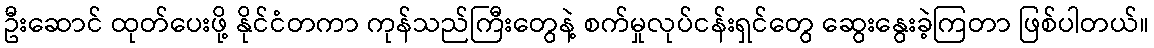
ဦးဆောင် ထုတ်ပေးဖို့ နိုင်ငံတကာ ကုန်သည်ကြီးတွေနဲ့ စက်မှုလုပ်ငန်းရှင်တွေ ဆွေးနွေးခဲ့ကြတာ ဖြစ်ပါတယ်။